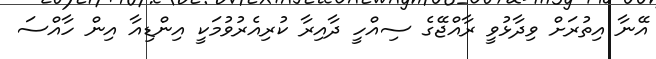
އޭނާ އިތުރަށް ވިދާޅުވީ ރާއްޖޭގެ ސިއްހީ ދާއިރާ ކުރިއެރުވުމަކީ އިންޑިއާ އިން ހާއްސަ